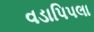
વડાપિપલા